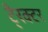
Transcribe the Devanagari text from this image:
टै्रक्टर